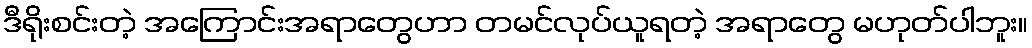
ဒီရိုးစင်းတဲ့ အကြောင်းအရာတွေဟာ တမင်လုပ်ယူရတဲ့ အရာတွေ မဟုတ်ပါဘူး။